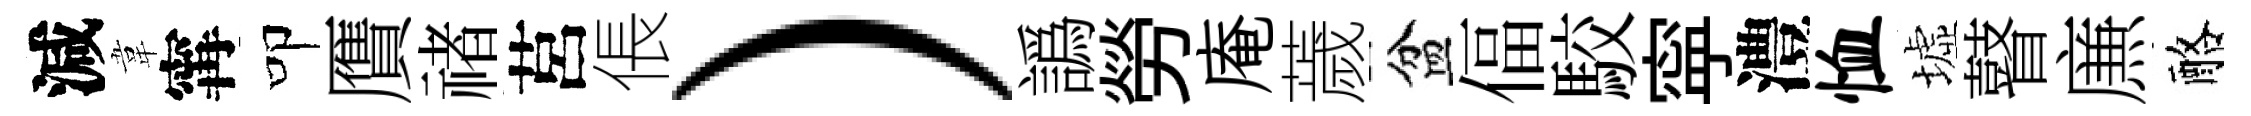
減韋𡩋叩贋禇莒倀）譌勞庵薉盆偪駮寜澧恤墟瞽㢘酪